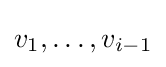
v_{1},\ldots ,v_{i-1}